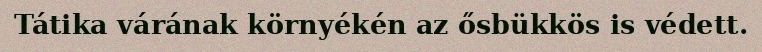
Tátika várának környékén az ősbükkös is védett.